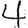
Digit: 4